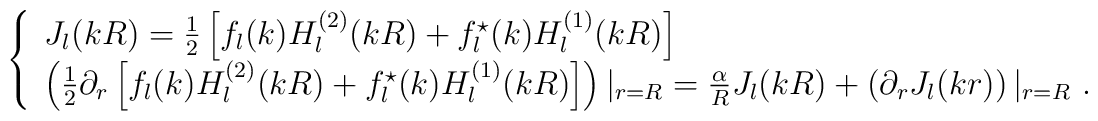
\left\{ \begin{array}{ll}J_{l}(kR)  =  \frac 12 \left[f_l(k) H^{(2)}_l(kR)+f^{\star}_l(k) H^{(1)}_l(kR)\right] \nonumber \\  \left(\frac 12 \partial_r \left[f_l(k) H^{(2)}_l(kR)+f^{\star}_l(k) H^{(1)}_l(kR)\right]   \right)|_{r=R} =  \frac{\alpha}{R} J_{l}(kR) + \left( \partial_r J_{l}(kr)\right)|_{r=R}\ .\end{array}\right.